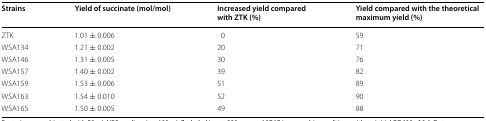
<table><thead><tr><td><b>Strains</b></td><td><b>Yield of succinate (mol/mol)</b></td><td><b>Increased yield compared with ZTK (%)</b></td><td><b>Yield compared with the theoretical maximum yield (%)</b></td></tr></thead><tbody><tr><td>ZTK</td><td>1.01 ± 0.006</td><td>0</td><td>59</td></tr><tr><td>WSA134</td><td>1.21 ± 0.002</td><td>20</td><td>71</td></tr><tr><td>WSA146</td><td>1.31 ± 0.005</td><td>30</td><td>76</td></tr><tr><td>WSA157</td><td>1.40 ± 0.002</td><td>39</td><td>82</td></tr><tr><td>WSA159</td><td>1.53 ± 0.006</td><td>51</td><td>89</td></tr><tr><td>WSA163</td><td>1.54 ± 0.010</td><td>52</td><td>90</td></tr><tr><td>WSA165</td><td>1.50 ± 0.005</td><td>49</td><td>88</td></tr></tbody></table>